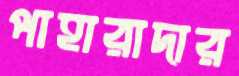
পাহারাদার